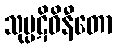
သုပ္ပဋိဝိနီတော